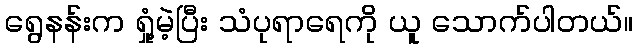
ရွေနန်းက ရှုံ့မဲ့ပြီး သံပုရာရေကို ယူ သောက်ပါတယ်။